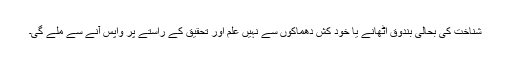
شناخت کی بحالی بندوق اٹھانے یا خود کش دھماکوں سے نہیں علم اور تحقیق کے راستے پر واپس آنے سے ملے گی۔